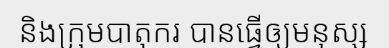
និងក្រុមបាតុករ បានធ្វើឲ្យមនុស្ស